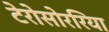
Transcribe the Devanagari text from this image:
टेरोसोररिया